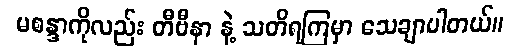
မစန္ဒာကိုလည်း တီဗီနာ နဲ့ သတိရကြမှာ သေချာပါတယ်။